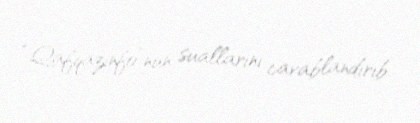
“Qafqazinfo”nun suallarını cavablandırıb.